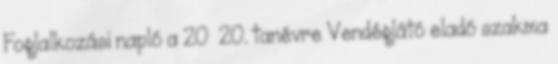
Foglalkozási napló a 20 20. tanévre Vendéglátó eladó szakma